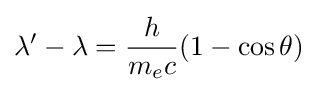
\lambda '-\lambda ={\frac {h}{m_{e}c}}(1-\cos {\theta })